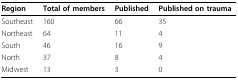
<table><thead><tr><td><b>Region</b></td><td><b>Total of members</b></td><td><b>Published</b></td><td><b>Published on trauma</b></td></tr></thead><tbody><tr><td>Southeast</td><td>160</td><td>66</td><td>35</td></tr><tr><td>Northeast</td><td>64</td><td>11</td><td>4</td></tr><tr><td>South</td><td>46</td><td>16</td><td>9</td></tr><tr><td>North</td><td>37</td><td>8</td><td>4</td></tr><tr><td>Midwest</td><td>13</td><td>3</td><td>0</td></tr></tbody></table>